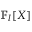
\mathbb { F } _ { l } [ X ]